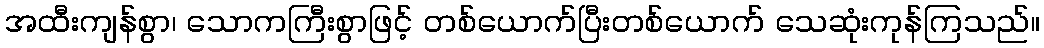
အထီးကျန်စွာ၊ သောကကြီးစွာဖြင့် တစ်ယောက်ပြီးတစ်ယောက် သေဆုံးကုန်ကြသည်။